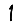
Digit: 1